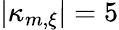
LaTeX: |\kappa_{m,\xi}|=5